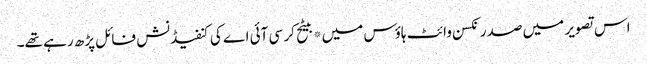
اس تصویر میں صدر نکسن وائٹ ہاؤس میں*بیٹح کر سی آئی اے کی کنفیڈنش فائل پڑھ رہے تھے۔